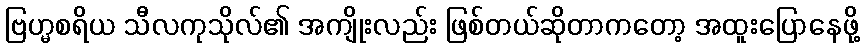
ဗြဟ္မစရိယ သီလကုသိုလ်၏ အကျိုးလည်း ဖြစ်တယ်ဆိုတာကတော့ အထူးပြောနေဖို့